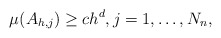
\begin{align*} \mu(A_{h,j}) \geq c h^d, j = 1,\ldots,N_n,\end{align*}